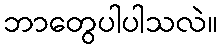
ဘာတွေပါပါသလဲ။